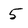
Character: 5